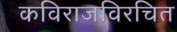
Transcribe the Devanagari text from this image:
कविराजविरचित